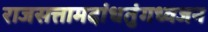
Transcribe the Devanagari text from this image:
राजसत्तामदांधतुंगध्वजन